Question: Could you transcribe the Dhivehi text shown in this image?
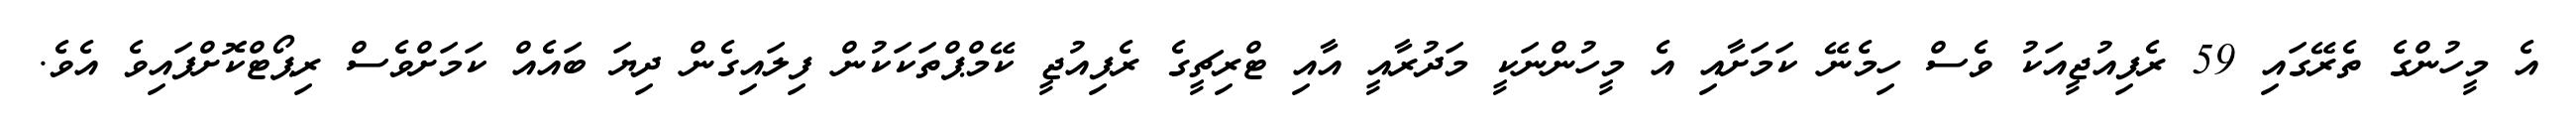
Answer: އެ މީހުންގެ ތެރޭގައި 59 ރެފިއުޖީއަކު ވެސް ހިމެނޭ ކަމަށާއި އެ މީހުންނަކީ މަދުރާއީ އާއި ޓްރިޗީގެ ރެފިއުޖީ ކޭމްޕްތަކަކުން ފިލައިގެން ދިޔަ ބައެއް ކަމަށްވެސް ރިޕޯޓްކޮށްފައިވެ އެވެ.